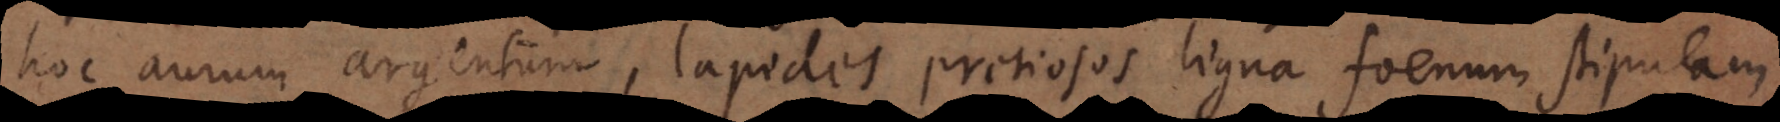
hoc aurum argentum, lapides pretiosos ligna foenum stipulam